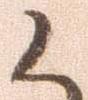
候